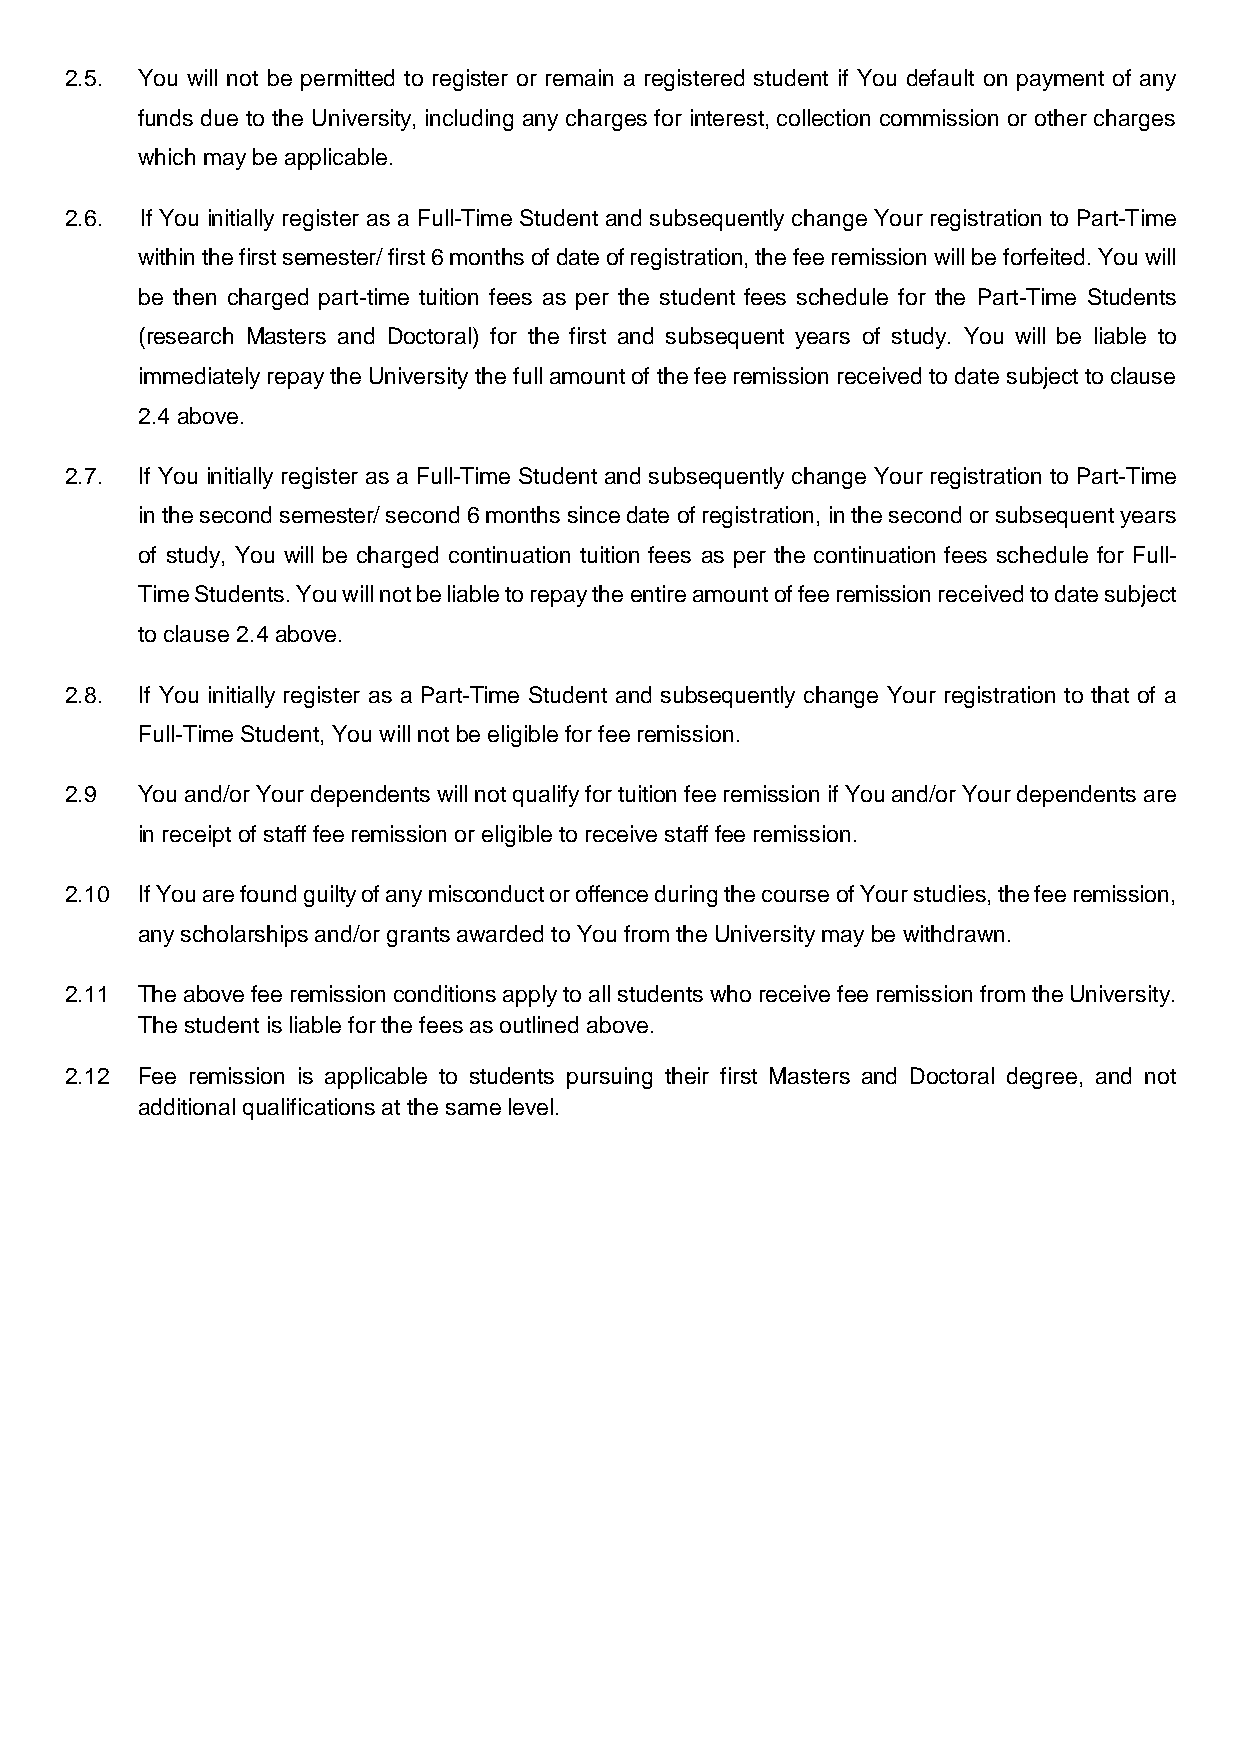
2.5. You will not be permitted to register or remain a registered student if You default on payment of any
 funds due to the University, including any charges for interest, collection commission or other charges
 which may be applicable.
 2.6. If You initially register as a Full-Time Student and subsequently change Your registration to Part-Time
 within the first semester/ first 6 months of date of registration, the fee remission will be forfeited. You will
 be then charged part-time tuition fees as per the student fees schedule for the Part-Time Students
 (research Masters and Doctoral) for the first and subsequent years of study. You will be liable to
 immediately repay the University the full amount of the fee remission received to date subject to clause
 2.4 above.
 2.7. If You initially register as a Full-Time Student and subsequently change Your registration to Part-Time
 in the second semester/ second 6 months since date of registration, in the second or subsequent years
 of study, You will be charged continuation tuition fees as per the continuation fees schedule for Full-
 Time Students. You will not be liable to repay the entire amount of fee remission received to date subject
 to clause 2.4 above.
 2.8. If You initially register as a Part-Time Student and subsequently change Your registration to that of a
 Full-Time Student, You will not be eligible for fee remission.
 2.9  You and/or Your dependents will not qualify for tuition fee remission if You and/or Your dependents are
 in receipt of staff fee remission or eligible to receive staff fee remission.
 2.10 If You are found guilty of any misconduct or offence during the course of Your studies, the fee remission,
 any scholarships and/or grants awarded to You from the University may be withdrawn.
 2.11 The above fee remission conditions apply to all students who receive fee remission from the University.
 The student is liable for the fees as outlined above.
 2.12 Fee remission is applicable to students pursuing their first Masters and Doctoral degree, and not
 additional qualifications at the same level.